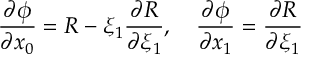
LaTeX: \frac { \partial \phi } { \partial x _ { 0 } } = R - \xi _ { 1 } \frac { \partial R } { \partial \xi _ { 1 } } , \quad \frac { \partial \phi } { \partial x _ { 1 } } = \frac { \partial R } { \partial \xi _ { 1 } }